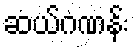
ဆယ်ဂဏန်း